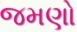
જમણો